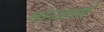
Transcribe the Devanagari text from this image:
मोन्सटर्स